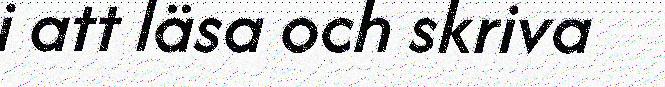
i att läsa och skriva